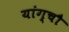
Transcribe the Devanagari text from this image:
यांग्चौ